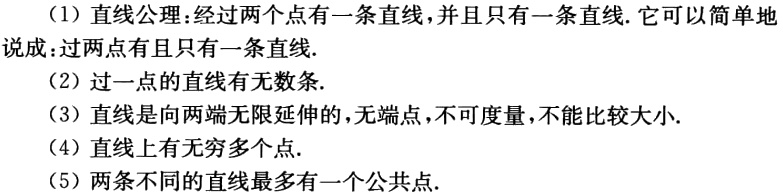
（1）直线公理：经过两个点有一条直线，并且只有一条直线. 它可以简单地说成：过两点有且只有一条直线.
（2）过一点的直线有无数条.
（3）直线是向两端无限延伸的，无端点，不可度量，不能比较大小.
（4）直线上有无穷多个点.
（5）两条不同的直线最多有一个公共点.